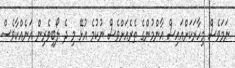
ނަމަވެސް މިހާރަކަށްއައިސް އާންމުންގެ ތެރެއަށްވެސް ނުކުމެ އުޅޭ މި ދެ ލޯބިވެރިން އަނެއްކާވެސް